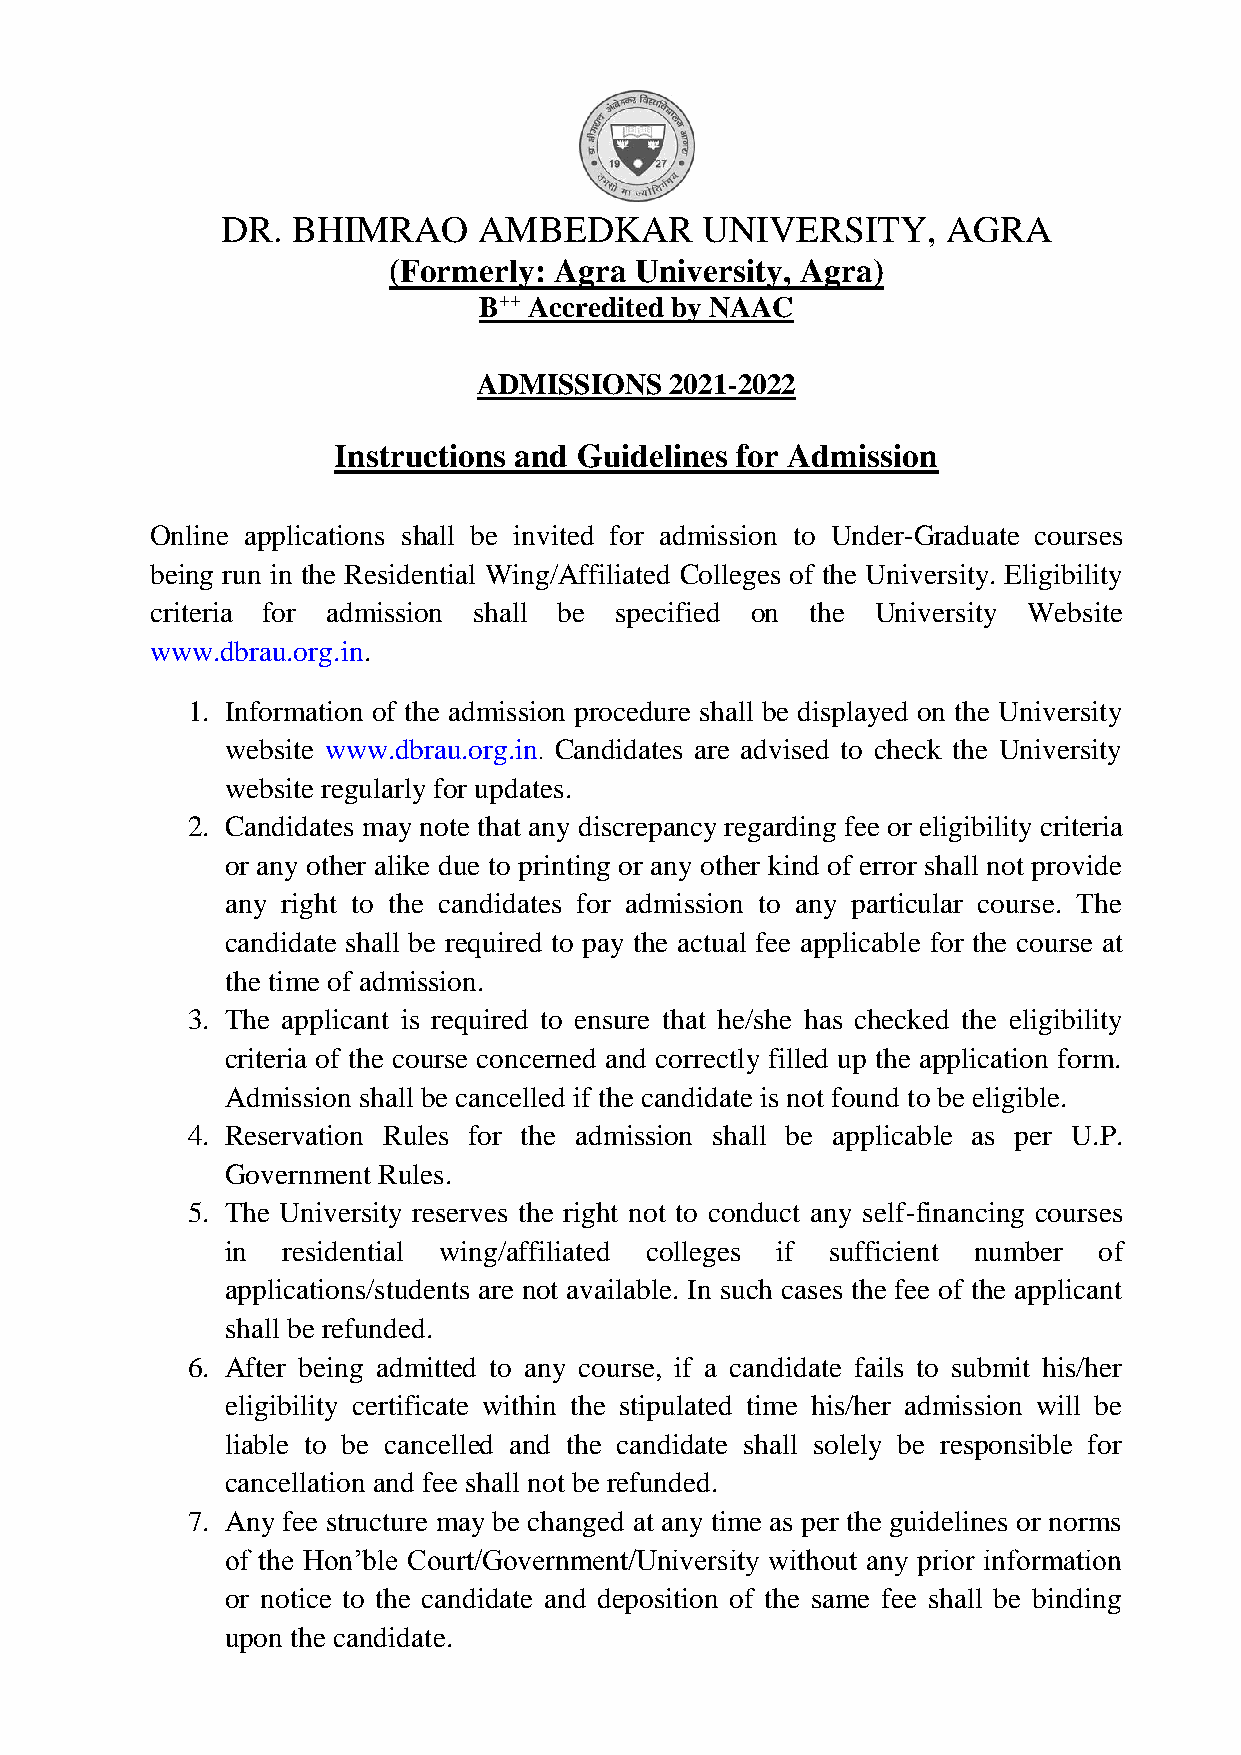
DR. BHIMRAO      AMBEDKAR      UNIVERSITY,      AGRA
 (Formerly: Agra University, Agra)
 B++ Accredited by NAAC
 ADMISSIONS  2021-2022
 Instructions and Guidelines for Admission
 Online applications shall be invited for admission to Under-Graduate courses
 being run in the Residential Wing/Affiliated Colleges of the University. Eligibility
 criteria for admission shall be specified on the University Website
 www.dbrau.org.in.
 1. Information of the admission procedure shall be displayed on the University
 website www.dbrau.org.in. Candidates are advised to check the University
 website regularly for updates.
 2. Candidates may note that any discrepancy regarding fee or eligibility criteria
 or any other alike due to printing or any other kind of error shall not provide
 any right to the candidates for admission to any particular course. The
 candidate shall be required to pay the actual fee applicable for the course at
 the time of admission.
 3. The applicant is required to ensure that he/she has checked the eligibility
 criteria of the course concerned and correctly filled up the application form.
 Admission shall be cancelled if the candidate is not found to be eligible.
 4. Reservation Rules for the admission shall be applicable as per U.P.
 Government Rules.
 5. The University reserves the right not to conduct any self-financing courses
 in  residential wing/affiliated colleges if sufficient number of
 applications/students are not available. In such cases the fee of the applicant
 shall be refunded.
 6. After being admitted to any course, if a candidate fails to submit his/her
 eligibility certificate within the stipulated time his/her admission will be
 liable to be cancelled and the candidate shall solely be responsible for
 cancellation and fee shall not be refunded.
 7. Any fee structure may be changed at any time as per the guidelines or norms
 of the Hon’ble Court/Government/University without any prior information
 or notice to the candidate and deposition of the same fee shall be binding
 upon the candidate.